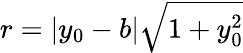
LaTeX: r=|y_{0}-b|\sqrt{1+y_{0}^{2}}